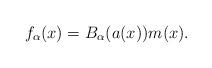
LaTeX: \begin{align*} f_{\alpha}(x)=B_{\alpha}(a(x))m(x). \end{align*}